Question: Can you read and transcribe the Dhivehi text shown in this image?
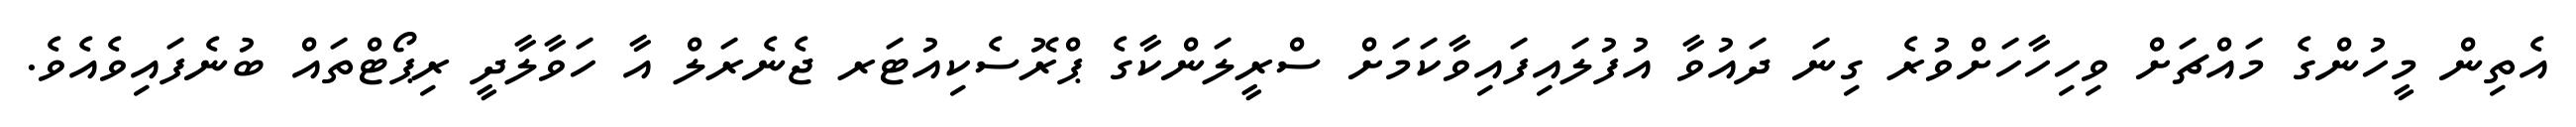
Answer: އެތިން މީހުންގެ މައްޗަށް ވިހިހާހަށްވުރެ ގިނަ ދައުވާ އުފުލައިފައިވާކަމަށް ސްރީލަންކާގެ ޕްރޮސެކިއުޓަރ ޖެނެރަލް އާ ހަވާލާދީ ރިޕޯޓްތައް ބުނެފައިވެއެވެ.